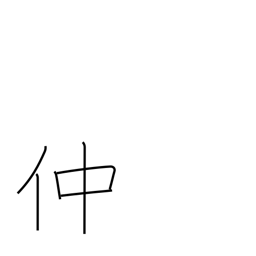
Meaning: go-between